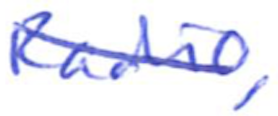
Text: Radio,
Cross-out: diagonal
Writing tool: ballpoint